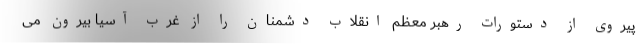
پیروی از دستورات رهبر معظم انقلاب دشمنان را از غرب آسیا بیرون می‌